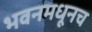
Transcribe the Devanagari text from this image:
भवनमधूनच